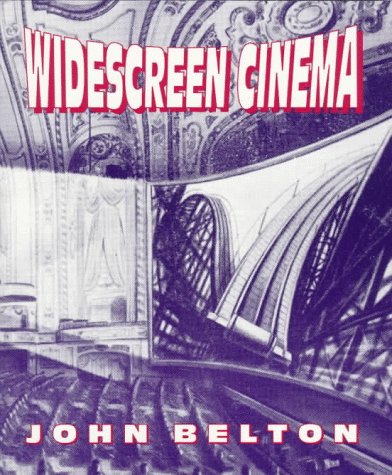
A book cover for Widescreen Cinema (Harvard Film Studies); John Belton; Arts & Photography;